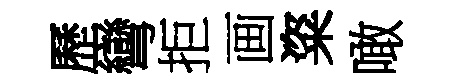
歷彎拒画粢噉